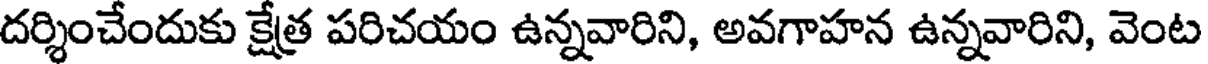
దర్శించేందుకు క్షేత్ర పరిచయం ఉన్నవారిని, అవగాహన ఉన్నవారిని, వెంట